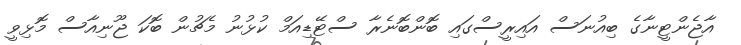
އާޖެންޓީނާގެ ބިއުނަސް އައިރީސްގައި ބޮންބޮނެރާ ސްޓޭޑިއަމް ކުޅުނު މެޗުން ބޮކަ ޖޫނިއާސް މޮޅިވީ